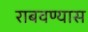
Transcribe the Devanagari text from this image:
राबवण्यास